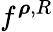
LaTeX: f^{{\boldsymbol\rho},R}